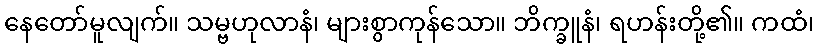
နေတော်မူလျက်။ သမ္ဗဟုလာနံ၊ များစွာကုန်သော။ ဘိက္ခူနံ၊ ရဟန်းတို့၏။ ကထံ၊